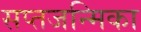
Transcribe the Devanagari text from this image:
सप्तजन्मिका